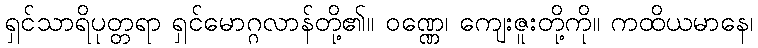
ရှင်သာရိပုတ္တရာ ရှင်မောဂ္ဂလာန်တို့၏။ ဝဏ္ဏေ၊ ကျေးဇူးတို့ကို။ ကထိယမာနေ၊